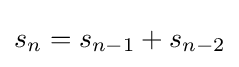
s_{n}=s_{n-1}+s_{n-2}